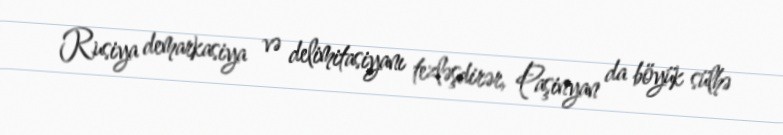
Rusiya demarkasiya və delimitasiyanı tezləşdirər, Paşinyan da böyük sülhə